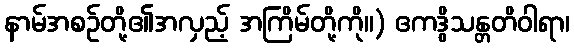
နာမ်အစဉ်တို့၏အလှည့် အကြိမ်တို့ကို။) ဧကဒွိသန္တတိဝါရာ၊